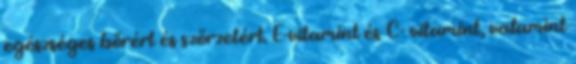
egészséges bőrért és szőrzetért. E-vitamint és C- vitamint, valamint